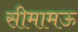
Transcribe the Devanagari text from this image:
सीमामऊ